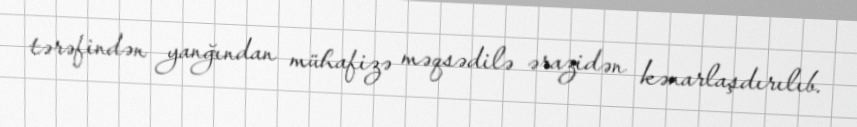
tərəfindən yanğından mühafizə məqsədilə ərazidən kənarlaşdırılıb.